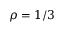
\rho = 1 / 3